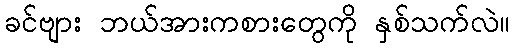
ခင်ဗျား ဘယ်အားကစားတွေကို နှစ်သက်လဲ။